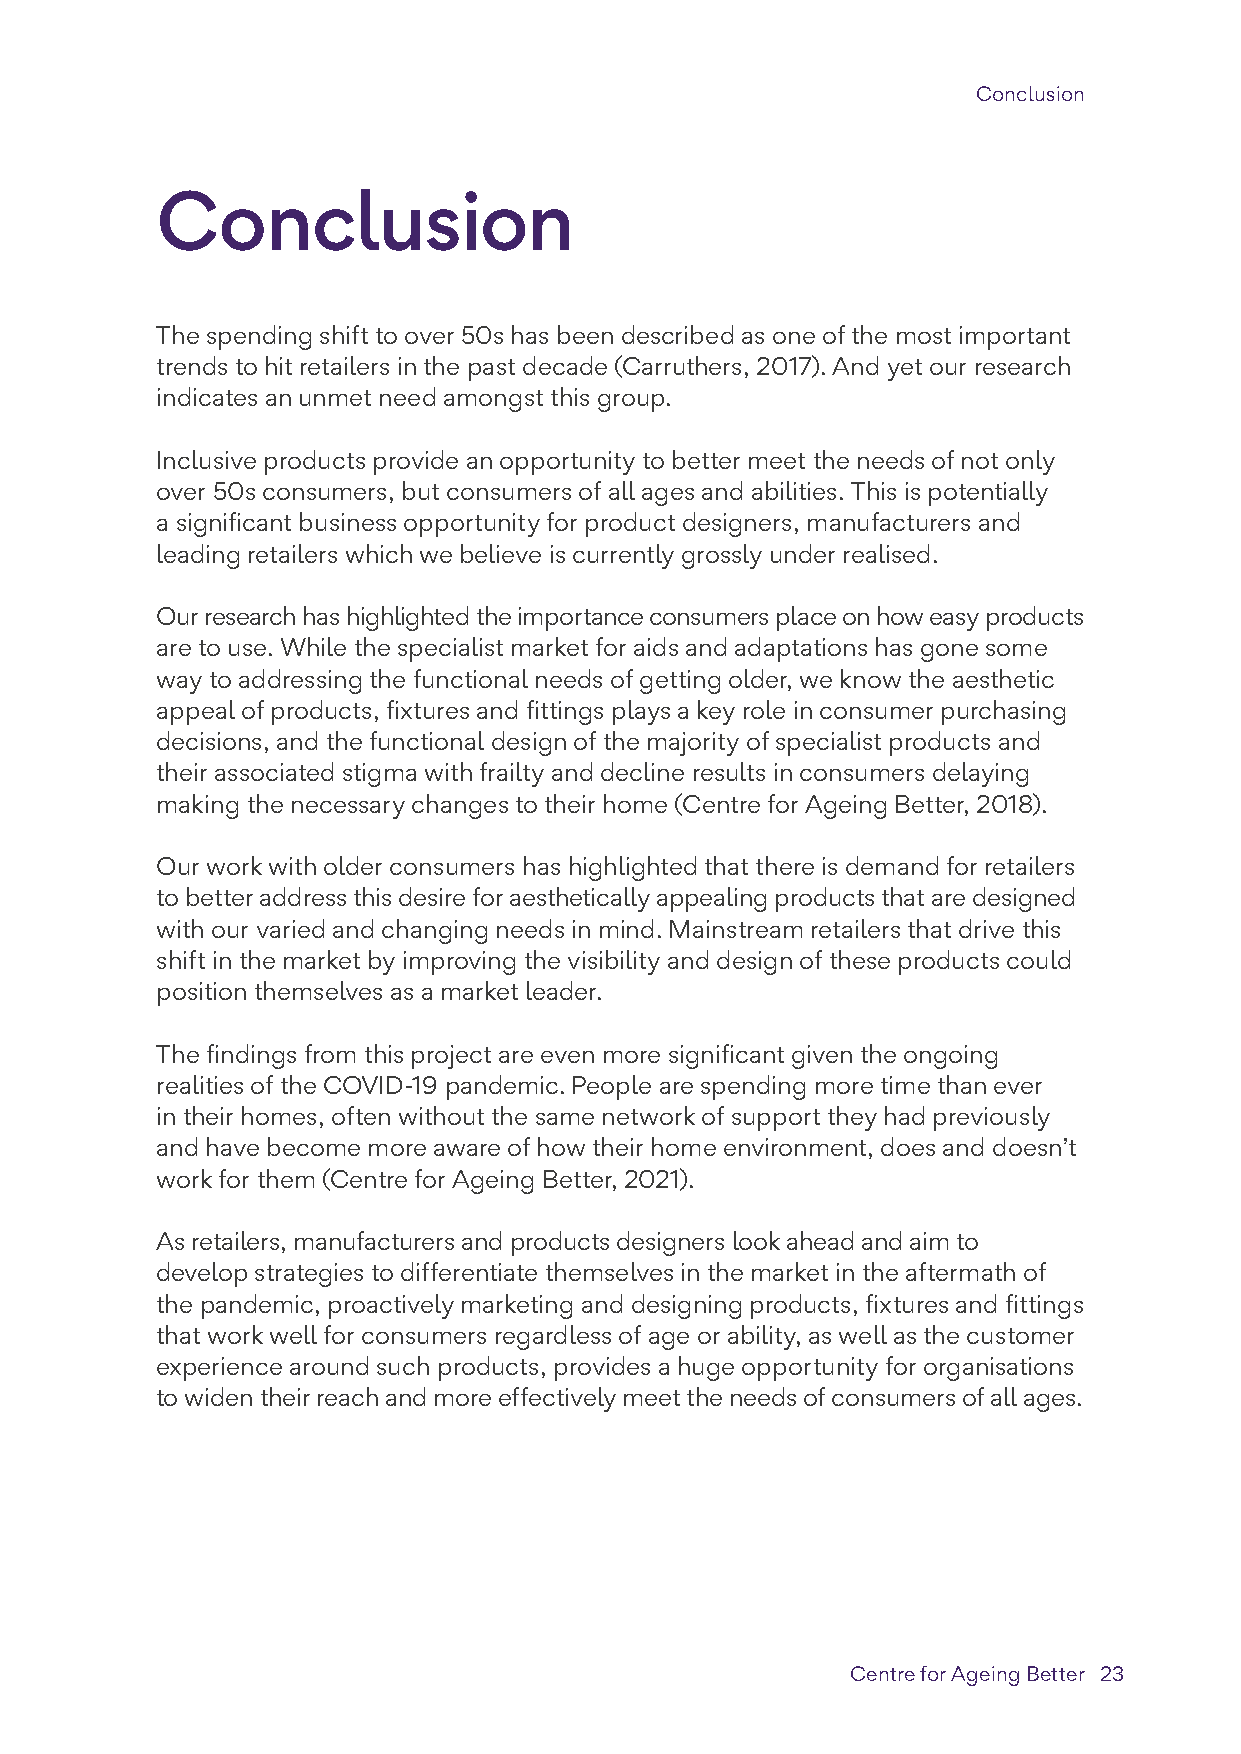
Conclusion
 Conclusion
 The spending shift to over 50s has been described as one of the most important
 trends to hit retailers in the past decade (Carruthers, 2017). And yet our research
 indicates an unmet need amongst this group.
 Inclusive products provide an opportunity to better meet the needs of not only
 over 50s consumers, but consumers of all ages and abilities. This is potentially
 a significant business opportunity for product designers, manufacturers and
 leading retailers which we believe is currently grossly under realised.
 Our research has highlighted the importance consumers place on how easy products
 are to use. While the specialist market for aids and adaptations has gone some
 way to addressing the functional needs of getting older, we know the aesthetic
 appeal of products, fixtures and fittings plays a key role in consumer purchasing
 decisions, and the functional design of the majority of specialist products and
 their associated stigma with frailty and decline results in consumers delaying
 making the necessary changes to their home (Centre for Ageing Better, 2018).
 Our work with older consumers has highlighted that there is demand for retailers
 to better address this desire for aesthetically appealing products that are designed
 with our varied and changing needs in mind. Mainstream retailers that drive this
 shift in the market by improving the visibility and design of these products could
 position themselves as a market leader.
 The findings from this project are even more significant given the ongoing
 realities of the COVID-19 pandemic. People are spending more time than ever
 in their homes, often without the same network of support they had previously
 and have become more aware of how their home environment, does and doesn’t
 work for them (Centre for Ageing Better, 2021).
 As retailers, manufacturers and products designers look ahead and aim to
 develop strategies to differentiate themselves in the market in the aftermath of
 the pandemic, proactively marketing and designing products, fixtures and fittings
 that work well for consumers regardless of age or ability, as well as the customer
 experience around such products, provides a huge opportunity for organisations
 to widen their reach and more effectively meet the needs of consumers of all ages.
 Centre for Ageing Better 23